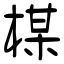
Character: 楳